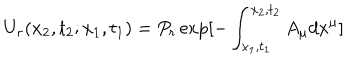
U _ { r } ( x _ { 2 } , t _ { 2 } ; x _ { 1 } , t _ { 1 } ) = P _ { r } \exp [ - \int _ { x _ { 1 } , t _ { 1 } } ^ { x _ { 2 } , t _ { 2 } } A _ { \mu } d x ^ { \mu } ]